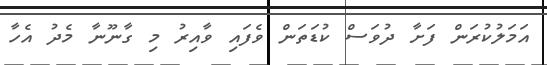
އަމަލުކުރަން ފަށާ ދުވަސް ކުޑަތަން ވެފައި ވާއިރު މި ގާނޫނާ މެދު އެހާ